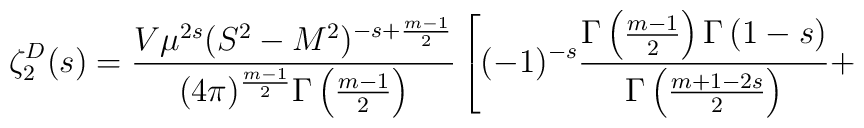
\zeta^D_2(s)=\frac{V\mu^{2s}(S^2-M^2)^{-s+\frac{m-1}{2}}}{(4\pi)^{\frac{m-1}{2}}\Gamma\left(\frac{m-1}{2}\right)}\left[(-1)^{-s}\frac{\Gamma\left(\frac{m-1}{2}\right)\Gamma \left(1-s\right)}{\Gamma\left(\frac{m+1-2s}{2}\right)}+\right.